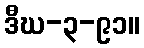
ဒီဃ-၃-၉၁။